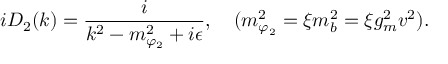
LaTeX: i D _ { 2 } ( k ) = { \frac { i } { k ^ { 2 } - m _ { \varphi _ { 2 } } ^ { 2 } + i \epsilon } } , \quad ( m _ { \varphi _ { 2 } } ^ { 2 } = \xi m _ { b } ^ { 2 } = \xi g _ { m } ^ { 2 } v ^ { 2 } ) .